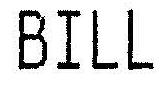
BILL